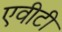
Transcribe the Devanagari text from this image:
एवीटी